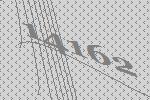
14162